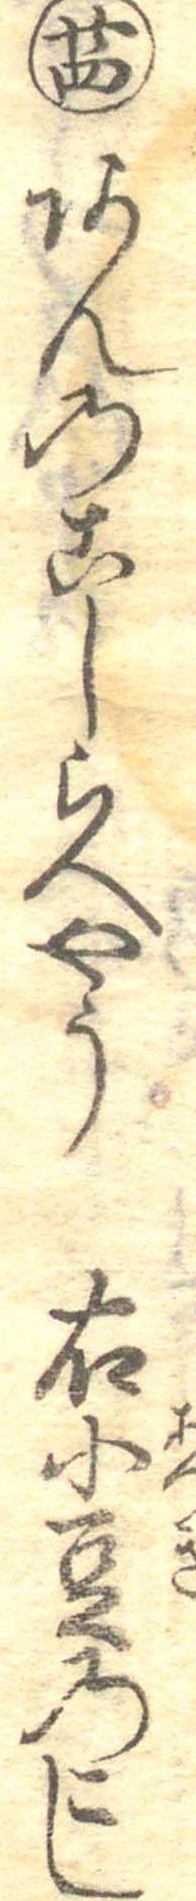
廿四あんのこしらへやう右小豆のこし